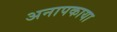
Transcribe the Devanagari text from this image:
अनापकाया